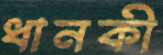
ধানকী